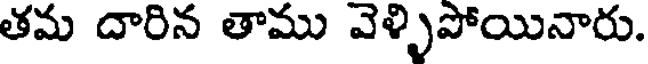
తమ దారిన తాము వెళ్ళిపోయినారు.